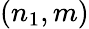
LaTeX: \left(n_{1},m\right)